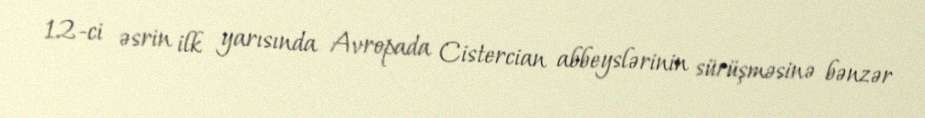
12-ci əsrin ilk yarısında Avropada Cistercian abbeyslərinin sürüşməsinə bənzər